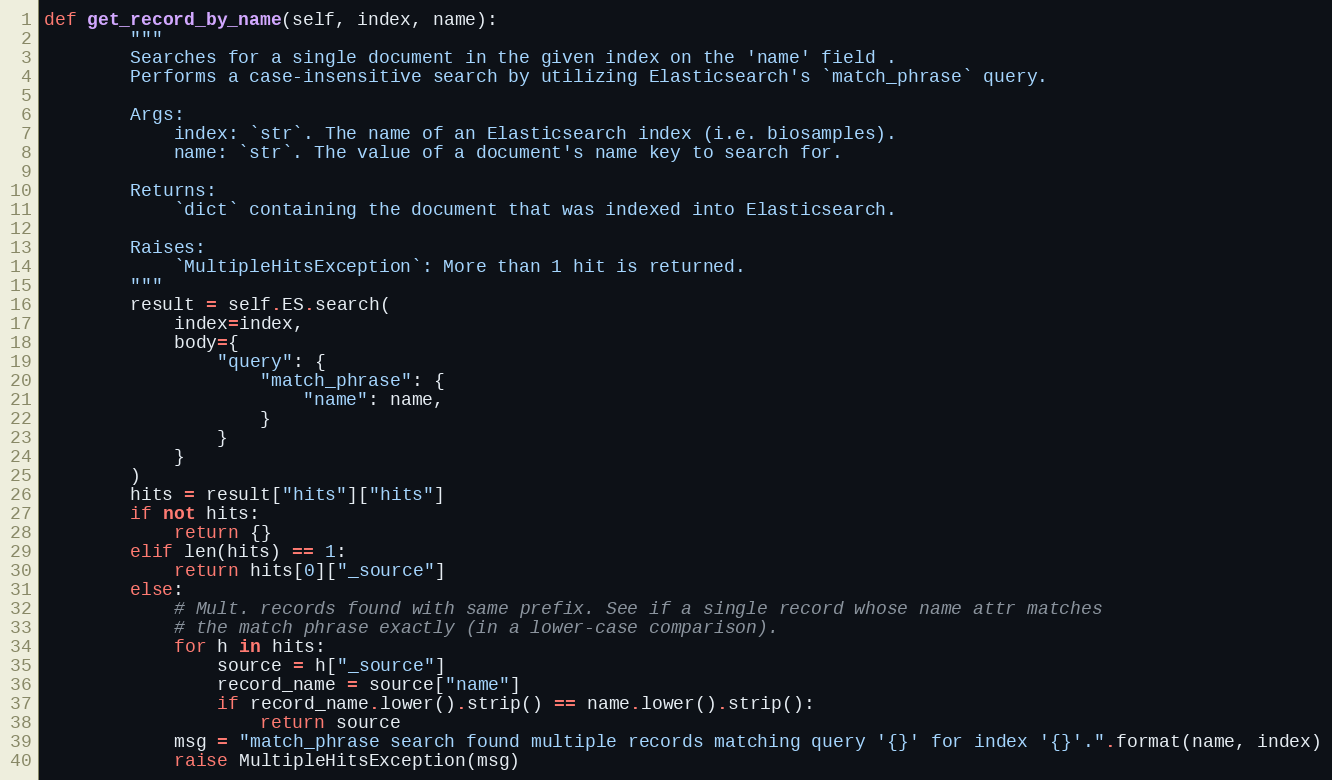
Language: Python
def get_record_by_name(self, index, name):
        """
        Searches for a single document in the given index on the 'name' field .
        Performs a case-insensitive search by utilizing Elasticsearch's `match_phrase` query.

        Args:
            index: `str`. The name of an Elasticsearch index (i.e. biosamples).
            name: `str`. The value of a document's name key to search for.

        Returns:
            `dict` containing the document that was indexed into Elasticsearch.

        Raises:
            `MultipleHitsException`: More than 1 hit is returned.
        """
        result = self.ES.search(
            index=index,
            body={
                "query": {
                    "match_phrase": {
                        "name": name,
                    }
                }
            }
        )
        hits = result["hits"]["hits"]
        if not hits:
            return {}
        elif len(hits) == 1:
            return hits[0]["_source"]
        else:
            # Mult. records found with same prefix. See if a single record whose name attr matches
            # the match phrase exactly (in a lower-case comparison).
            for h in hits:
                source = h["_source"]
                record_name = source["name"]
                if record_name.lower().strip() == name.lower().strip():
                    return source
            msg = "match_phrase search found multiple records matching query '{}' for index '{}'.".format(name, index)
            raise MultipleHitsException(msg)